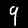
Digit: 9